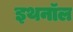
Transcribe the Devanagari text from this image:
इथनॉल